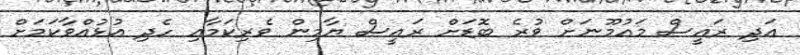
އަދި ރައީސް މައުމޫނަށް ވުރެ ބޮޑަށް ރައީސް ޔާމިން ވެރިކަމާއި ހެދި އުޅުއްވާކަމަށް